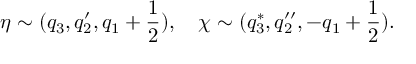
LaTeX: \eta \sim ( q _ { 3 } , q _ { 2 } ^ { \prime } , q _ { 1 } + { \frac { 1 } { 2 } } ) , ~ ~ ~ \chi \sim ( q _ { 3 } ^ { * } , q _ { 2 } ^ { \prime \prime } , - q _ { 1 } + { \frac { 1 } { 2 } } ) .